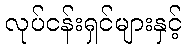
လုပ်ငန်းရှင်များနှင့်